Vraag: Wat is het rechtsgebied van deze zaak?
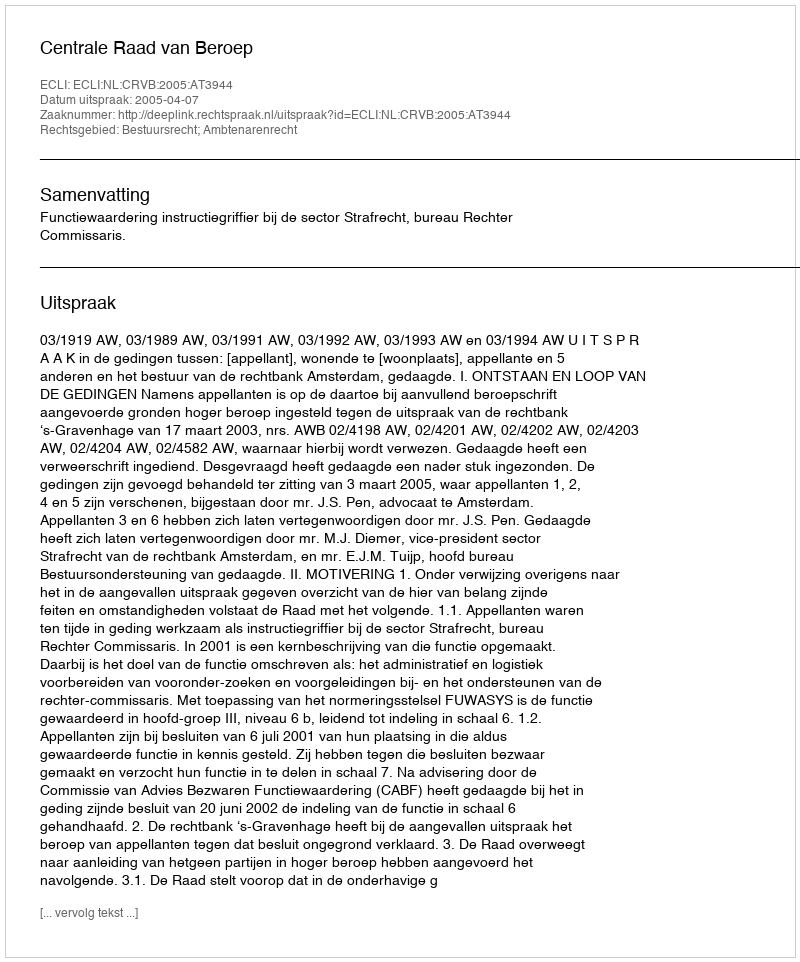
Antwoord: Bestuursrecht; Ambtenarenrecht